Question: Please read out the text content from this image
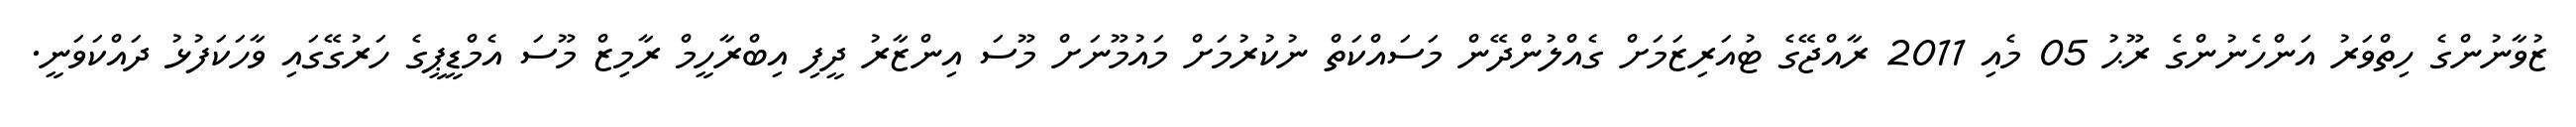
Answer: ޒުވާނުންގެ ހިތްވަރު އަންހެނުންގެ ރޫޙު 05 މެއި 2011 ރާއްޖޭގެ ޓުއަރިޒަމަށް ގެއްލުންދޭން މަސައްކަތް ނުކުރުމަށް މައުމޫނަށް މޫސަ އިންޒާރު ދީފި އިބްރާހީމް ރާމިޒް މޫސަ އެމްޑީޕީގެ ހަރުގޭގައި ވާހަކަފުޅު ދައްކަވަނީ.